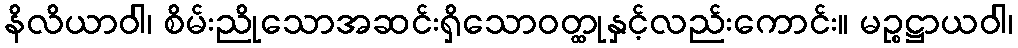
နိလိယာဝါ၊ စိမ်းညိုသောအဆင်းရှိသောဝတ္ထုနှင့်လည်းကောင်း။ မဉ္စဋ္ဌာယဝါ၊